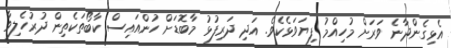
އެޅިގެންދާނެ ވަރަށް މުހިއްމު ފިޔަވަޅެކެވެ. އަދި ދަރިފުޅު މާބޮޑަށް ހުންއައިސް ކާބޯތަކެތިން ދުރުހެލިވާ